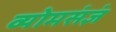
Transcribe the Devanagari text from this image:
व्योमसंज्ञं